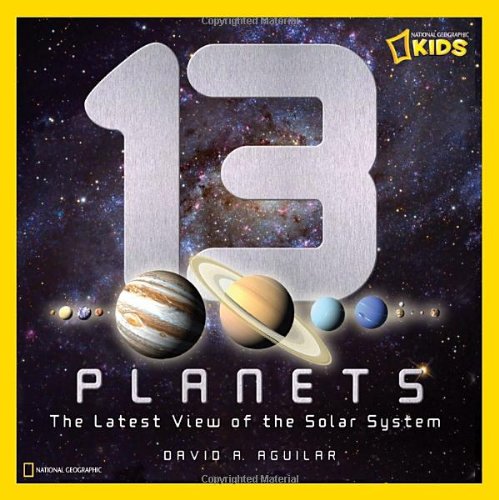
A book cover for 13 Planets: The Latest View of the Solar System (National Geographic Kids); David A. Aguilar; Science & Math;